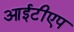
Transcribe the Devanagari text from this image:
आईटीएप